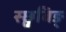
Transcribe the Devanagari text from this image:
स्छ्वबिङ्